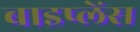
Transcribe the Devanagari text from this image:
बाइप्‍लेंस